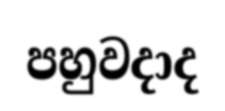
පහුවදාද